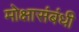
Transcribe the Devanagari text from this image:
मोक्षासंबंधी